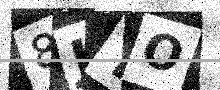
Text: 8JYO